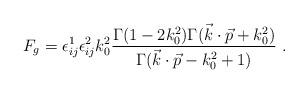
LaTeX: \begin{align*}F_g=\epsilon^1_{ij}\epsilon^2_{ij}k_0^2{\Gamma (1-2k_0^2) \Gamma (\vec k\cdot \vec p +k_0^2)\over \Gamma (\vec k\cdot \vec p-k_0^2+1)} \ .\end{align*}